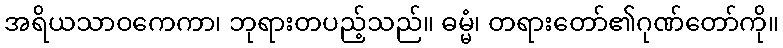
အရိယသာဝကေကာ၊ ဘုရားတပည့်သည်။ ဓမ္မံ၊ တရားတော်၏ဂုဏ်တော်ကို။